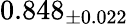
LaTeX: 0.848_{\pm 0.022}